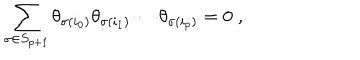
LaTeX: \sum _ { \sigma \in S _ { p + 1 } } \theta _ { \sigma ( i _ { 0 } ) } \theta _ { \sigma ( i _ { 1 } ) } \cdots \theta _ { \sigma ( i _ { p } ) } = 0 \; ,